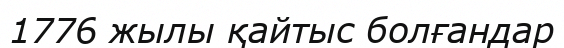
1776 жылы қайтыс болғандар